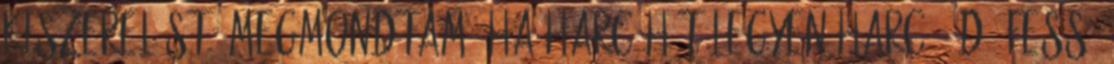
kiszerelést. Megmondtam, ha harc hát legyen harc. :D “Fess,